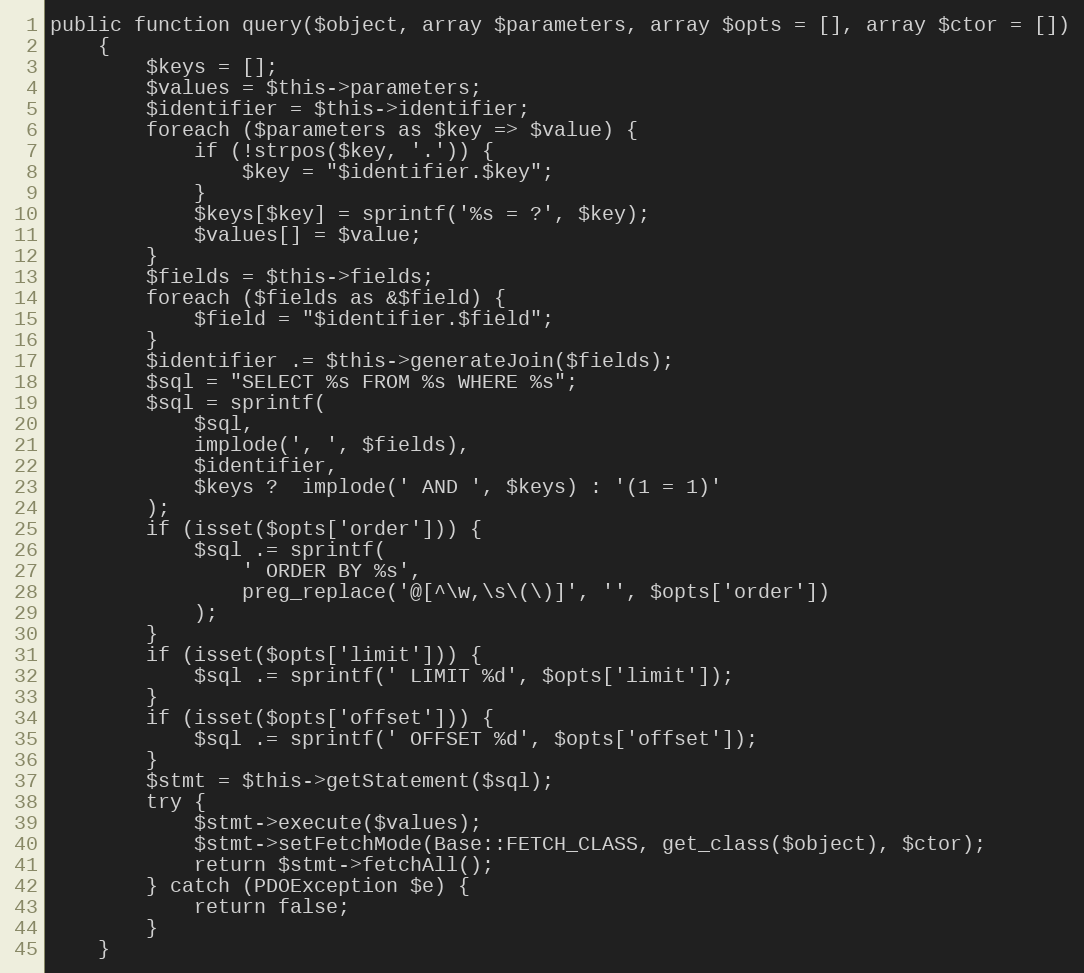
Language: PHP
public function query($object, array $parameters, array $opts = [], array $ctor = [])
    {
        $keys = [];
        $values = $this->parameters;
        $identifier = $this->identifier;
        foreach ($parameters as $key => $value) {
            if (!strpos($key, '.')) {
                $key = "$identifier.$key";
            }
            $keys[$key] = sprintf('%s = ?', $key);
            $values[] = $value;
        }
        $fields = $this->fields;
        foreach ($fields as &$field) {
            $field = "$identifier.$field";
        }
        $identifier .= $this->generateJoin($fields);
        $sql = "SELECT %s FROM %s WHERE %s";
        $sql = sprintf(
            $sql,
            implode(', ', $fields),
            $identifier,
            $keys ?  implode(' AND ', $keys) : '(1 = 1)'
        );
        if (isset($opts['order'])) {
            $sql .= sprintf(
                ' ORDER BY %s',
                preg_replace('@[^\w,\s\(\)]', '', $opts['order'])
            );
        }
        if (isset($opts['limit'])) {
            $sql .= sprintf(' LIMIT %d', $opts['limit']);
        }
        if (isset($opts['offset'])) {
            $sql .= sprintf(' OFFSET %d', $opts['offset']);
        }
        $stmt = $this->getStatement($sql);
        try {
            $stmt->execute($values);
            $stmt->setFetchMode(Base::FETCH_CLASS, get_class($object), $ctor);
            return $stmt->fetchAll();
        } catch (PDOException $e) {
            return false;
        }
    }